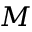
M